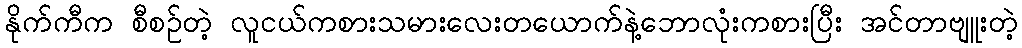
နိုက်ကီက စီစဉ်တဲ့ လူငယ်ကစားသမားလေးတယောက်နဲ့ဘောလုံးကစားပြီး အင်တာဗျူးတဲ့